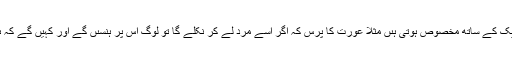
بعض چیزیں دونوں میں سے کسی ایک کے ساتھ مخصوص ہوتی ہىں مثلاً عورت کا پَرس کہ اگر اسے مَرد لے کر نکلے گا تو لوگ اس پر ہنسىں گے اور کہیں گے کہ ىہ تو عورتوں کى نَقّالى کر رہا ہے ۔